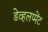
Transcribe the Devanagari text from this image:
डेव्हलप्मेंट